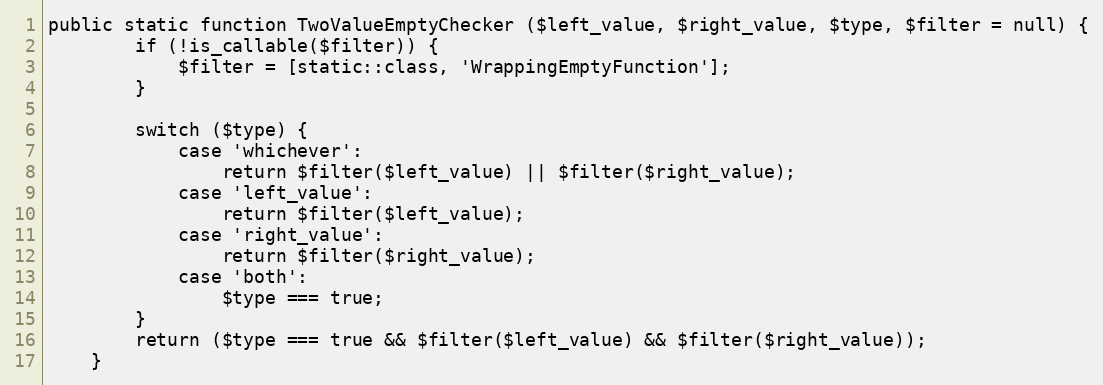
Language: PHP
public static function TwoValueEmptyChecker ($left_value, $right_value, $type, $filter = null) {
		if (!is_callable($filter)) {
			$filter = [static::class, 'WrappingEmptyFunction'];
		}

		switch ($type) {
			case 'whichever':
				return $filter($left_value) || $filter($right_value);
			case 'left_value':
				return $filter($left_value);
			case 'right_value':
				return $filter($right_value);
			case 'both':
				$type === true;
		}
		return ($type === true && $filter($left_value) && $filter($right_value));
	}